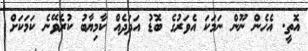
އޮތީ. އެހެން ނޫން ނަމަކަ އެވަރުގެ ބޮޑު އަދަދެއް ކާމިޔާބު ކުރެވޭނެ ކަމަކަށް